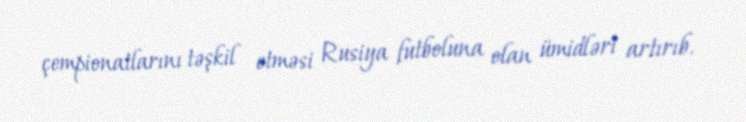
çempionatlarını təşkil etməsi Rusiya futboluna olan ümidləri artırıb.